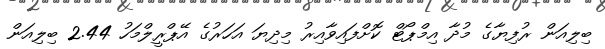
ބިލިއަން ރުފިޔާގެ މުދާ އިމްޕޯޓް ކޮށްފައިވާއިރު މިދިޔަ އަހަރުގެ އޭޕްރީލްމަހު 2.44 ބިލިއަން